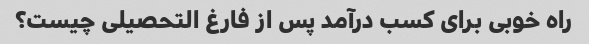
راه خوبی برای کسب درآمد پس از فارغ التحصیلی چیست؟